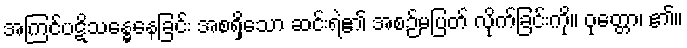
အကြင်ပဋိသန္ဓေနေခြင်း အစရှိသော ဆင်းရဲ၏ အစဉ်မပြတ် လိုက်ခြင်းကို။ ဝုတ္တော၊ ၏။